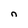
Character: n